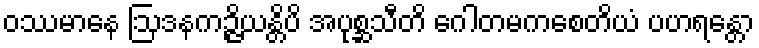
ဝဿမာနေ ဩဒနကဉ္ဇိယန္တိပိ အပုစ္ဆသီတိ ဂေါတမကစေတိယံ ပဟရန္တော